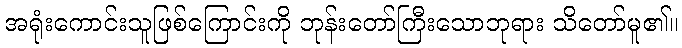
အရုံးကောင်းသူဖြစ်ကြောင်းကို ဘုန်းတော်ကြီးသောဘုရား သိတော်မူ၏။